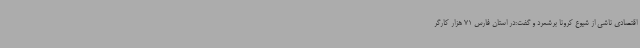
اقتصادی ناشی از شیوع کرونا برشمرد و گفت:در استان فارس 71 هزار کارگر